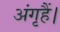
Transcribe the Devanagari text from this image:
अंगृहैं।